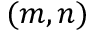
( m , n )